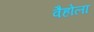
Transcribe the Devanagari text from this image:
वैहोला